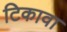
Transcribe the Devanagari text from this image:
टिकावा